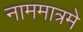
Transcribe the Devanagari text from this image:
नाममात्रमे